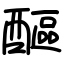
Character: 醧